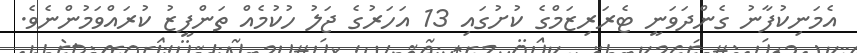
އެމަނިކުފާނު ގެންދަވަނީ ޓެރަރިޒަމްގެ ކުށުގައި 13 އަހަރުގެ ޖަލު ހުކުމެއް ތަންފީޒު ކުރައްވަމުންނެވެ.